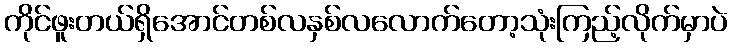
ကိုင်ဖူးတယ်ရှိအောင်တစ်လနှစ်လလောက်တော့သုံးကြည့်လိုက်မှာပဲ